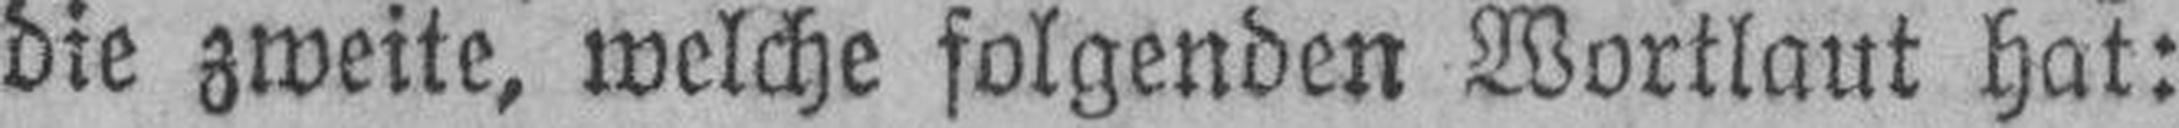
die zweite, welche folgenden Wortlaut hat: